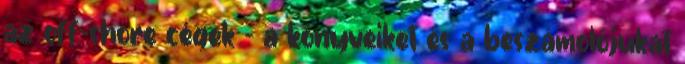
az off-shore cégek - a könyveiket és a beszámolójukat